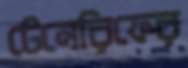
টেনেরিফের